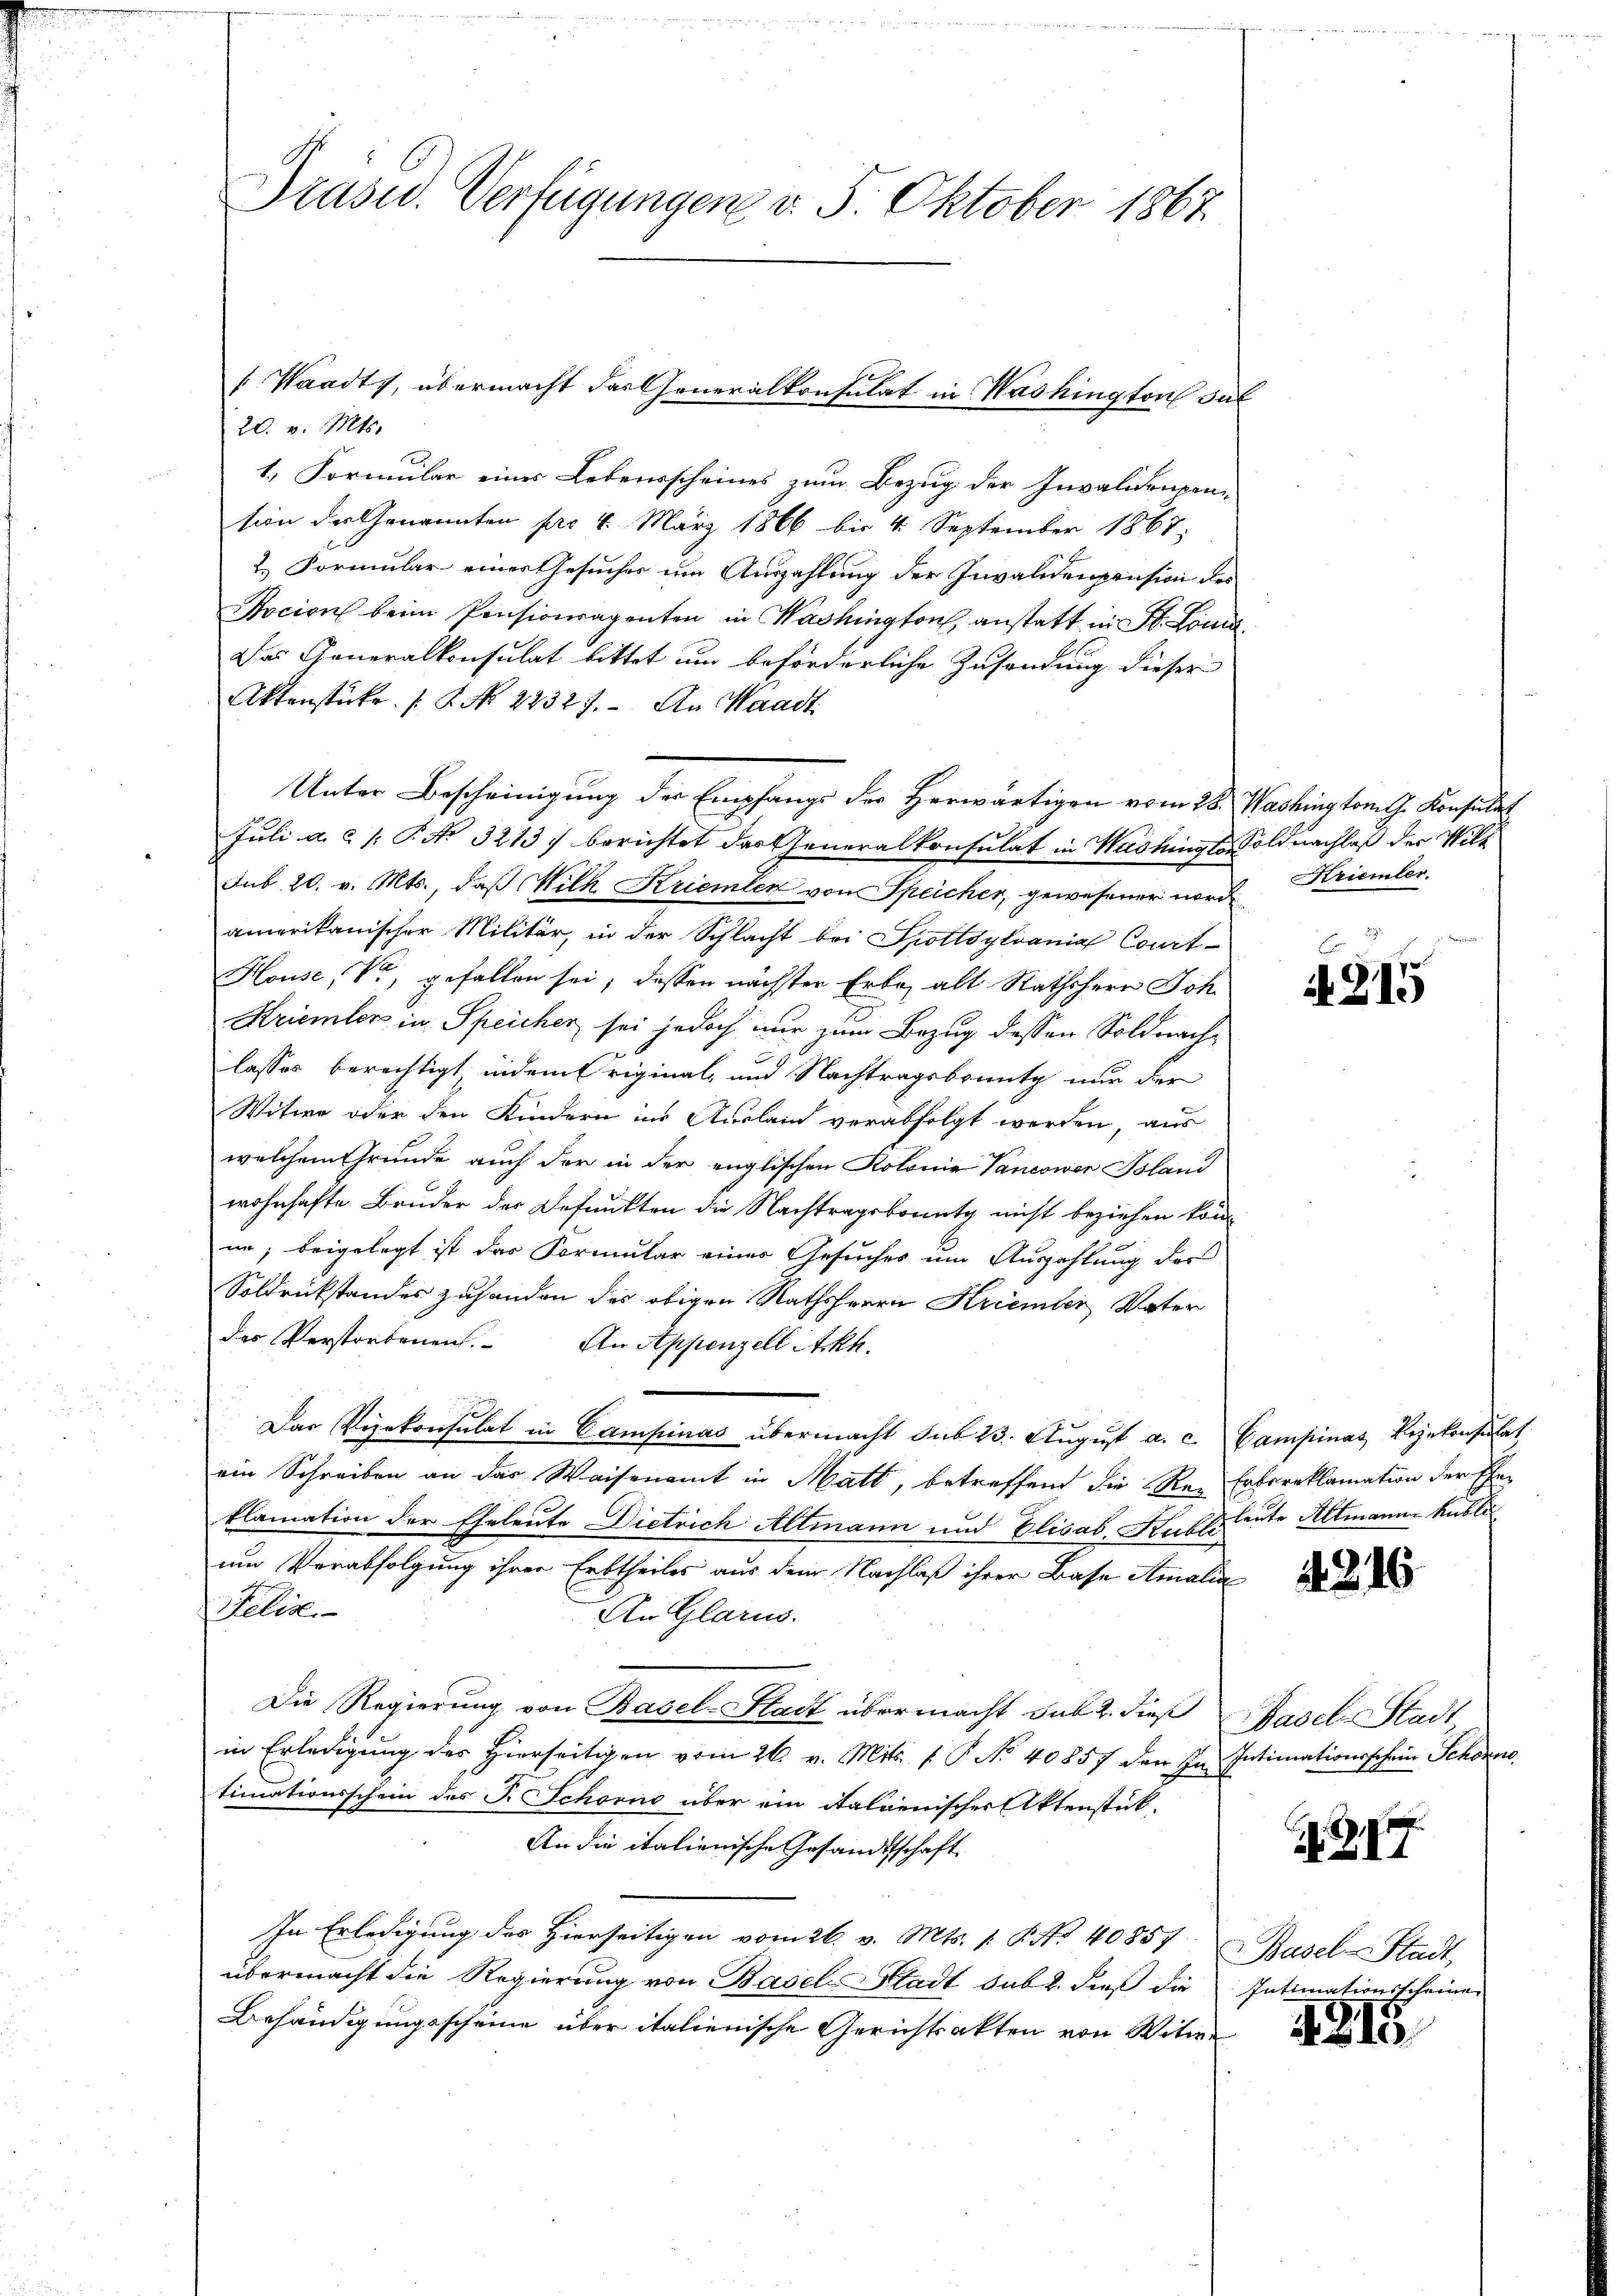
Präsid.. Verfügungen v. 5. Oktober 1867

20. v. Mts.
1. Formular eines Lebensscheines zum Bezug der Invalidenpension der Genannten pr. 4. März 1866 bis 4. September 1867.
2.) Formular einer Gesucher um Auszahlung der Invalidenpension des
Socion beim Pensionsagenten in Washington, anstatt in St. Lona¬
Das Generalkonsulat bittet um beförderliche Zusendung dieser
Aktenstüke (§. No 22327. An Waadt
Unter Bescheinigung der Empfangs der Herwärtigen vom 28. Washington G. Konsulat
Juli a.c. (: P. No 32137) berichtet das Generalkonsulat in Washingt Soldnachlaß der Will
Sub. 20. v. Mts., daß Wilk Kriemler von Speicher, gewesener nord Kriemler.
amerikanischer Militär, in der Schlacht bei Spottsylvania Court¬
House, Vo, gefallen sei, dessen nächsten Erbe alt Rathsherr Joh.
Kriemler in Speicher sei jedoch nur zum Bezug dessen Soldnachlasses berechtigt, indem Original- und Nachtragsbrunt nur der
Witwe oder den Kindern ins Ausland verabfolgt werden, aus
welchem Grunde auch der in der englischen Kolonie Vancower Island
wohnhafte Bruder der Befunkten die Nachtragsbounty nicht beziehen könn
in; beigelegt ist das Formular eines Gesuches um Auszahlung der
Soldrückstandes zuhanden des obigen Rathsherrn Kriember Vater
des Verstorbenen. An Appenzell itckh.
Das Vizekonsulat in Campinas übermacht sub 23. Aŭgŭst a. c. Campinas Vizekonsulat
ein Schreiben an das Waisenamt in Matt, betreffend die Rei Erbsreklamation der Ehe-
klamation der Eheleute Dietrich Altmann und Elisab. Hublsleute Altmanne kubli
um Verabfolgung ihrer Erbtheiles aus dem Nachlaß ihrer Base Amalia
Filia
An Glarus.
Die Regierung von Basel-Stadt übermacht sub. 2. dieß Basel-Stadt
in Erledigung des hierseitigen vom 26. v. Mit. P. No 40857 den In Intimationsschein Schorne
timationsschein des J. Schorns über ein italienischer Aktenstück-
An die italienische Gesandtschaft
In Erledigung des Hierseitigen vom 26. v. Mts. 1. P. Nr. 40857, Basel-Stadt,
übermacht die Regierung von Basel-Stadt sub. dieß die Intimationsscheinen
Behändigungsscheine über italienische Gerichtsakten von Witwe

[Waadt, übermacht das Generalkonsulat in Washington Sul

.

215

it. 216

317.

413